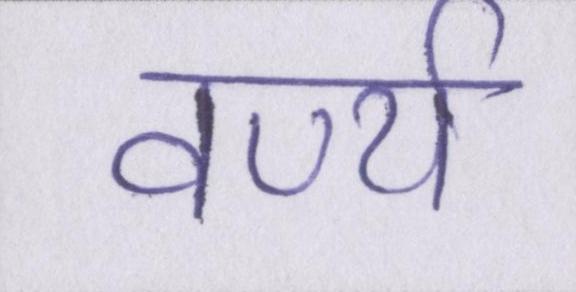
वर्ण्य